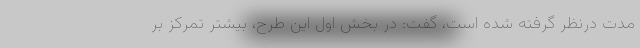
مدت درنظر گرفته شده است، گفت: در بخش اول این طرح، بیشتر تمرکز بر